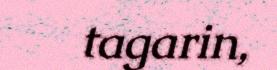
tagarin,